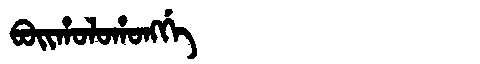
Manchu: ᠪᠣᡳᡥᠣᠯᠣᡥᠣᠩᡤᡝ
Romanization: BOIHOLOHONGGE